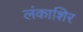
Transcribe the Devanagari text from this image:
लंकाशिर